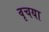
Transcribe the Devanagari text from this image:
वृचया